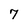
Character: 7